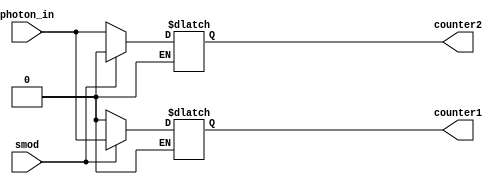
`timescale 1ns/1ps
module mod(photon_in, smod, counter1, counter2);
  input photon_in, smod;
  output reg counter1, counter2;
  always@(smod, photon_in) begin
    if(smod == 1'b1) begin
      counter1 = photon_in;
      counter2 = 1'b0;
    end
    else if (smod == 1'b0) begin
      counter2 = photon_in;
      counter1 = 1'b0;
    end
  end
endmodule // mod circuit